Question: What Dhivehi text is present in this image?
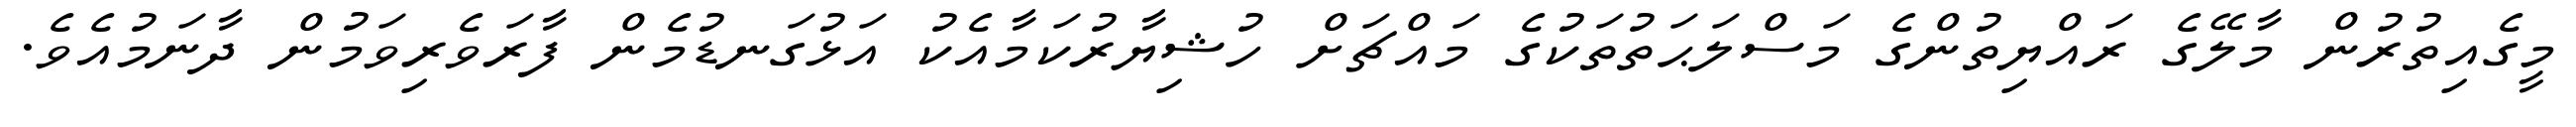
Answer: މީގެއިތުރުން މާލޭގެ ރައްޔިތުންގެ މަސްލަޙަތުތަކުގެ މައްޗަށް ހުޝިޔާރުކަމާއެކު އަޅުގަނޑުމެން ފާރަވެރިވަމުން ދާނަމުއެވެ.